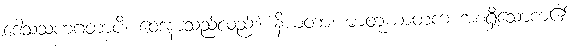
ဒေါသသဟဂတာပိ၊ ဝေဒနာသည်လည်း။ နိယတာ၊ မာတုဃာတက အစရှိသောကံ၏